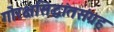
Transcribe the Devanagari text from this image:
गोरक्षसिद्धांतसंग्रह